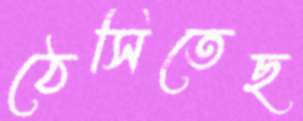
ঠেসিতেছ